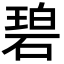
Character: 碧